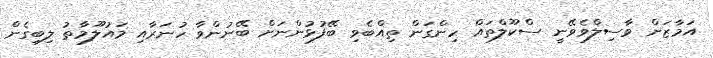
އަމާޒަށް ވާސިލްވެވޭނީ ސްކޫލްތައް ހިންގަން ތިއްބެވި ބޭފުޅުންނަށް ބޭނުންވާ ހުނަރާއި މައުލޫމާތު ލިބިގެން